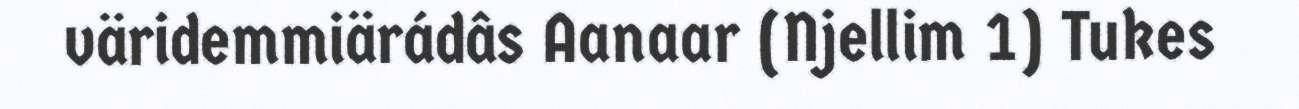
väridemmiärádâs Aanaar (Njellim 1) Tukes